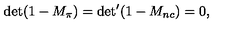
{ \det ( 1 - M _ { \pi } ) = { \det } ^ { \prime } ( 1 - M _ { n c } ) = 0 , }